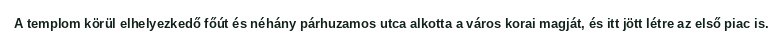
A templom körül elhelyezkedő főút és néhány párhuzamos utca alkotta a város korai magját, és itt jött létre az első piac is.